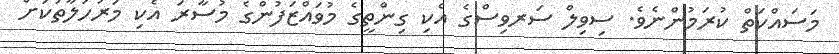
މަސައްކަތް ކުރަމުންނެވެ. ސިވިލް ސަރވިސްގެ އެކި ގިންތީގެ މުވައްޒަފުންގެ މުސާރަ އެކި މަރުހަލާތަކަށް